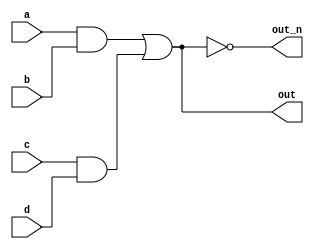
module top_module(
    input a,
    input b,
    input c,
    input d,
    output out,
    output out_n   ); 
    
    wire temp1;
    wire temp2;
    //wire w1, w2; can be possible
    assign temp1 = a & b;
    assign temp2 = c & d;
    assign out = temp1 | temp2;
    assign out_n = ~out;
    

endmodule